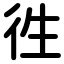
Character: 徃